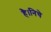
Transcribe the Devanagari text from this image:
है।निचे